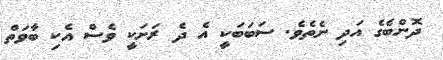
ދޮންބެގެ އަދި ނެތެވެ. ސަބަބަކީ އެ ދެ ރަށަކީ ވެސް އެކި ބާވަތް